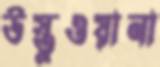
উস্তুওয়ানা